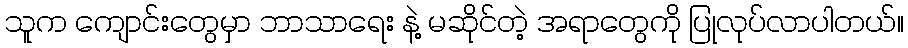
သူက ကျောင်းတွေမှာ ဘာသာရေး နဲ့ မဆိုင်တဲ့ အရာတွေကို ပြုလုပ်လာပါတယ်။